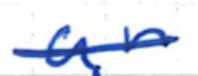
Text: an
Cross-out: single-line
Writing tool: ballpoint